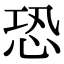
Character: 恐